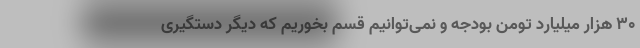
30 هزار میلیارد تومن بودجه و نمی‌توانیم قسم بخوریم که دیگر دستگیری